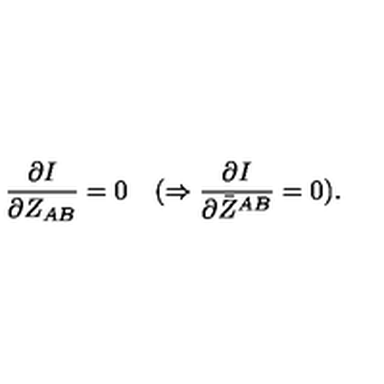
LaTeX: { \frac { \partial I } { \partial Z _ { A B } } } = 0 \quad ( \Rightarrow { \frac { \partial I } { \partial \bar { Z } ^ { A B } } } = 0 ) .